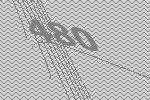
480